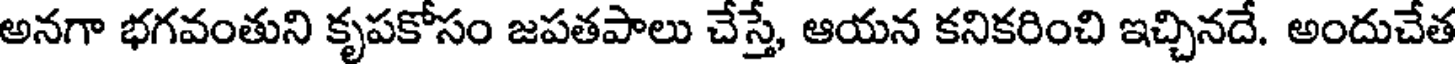
అనగా భగవంతుని కృపకోసం జపతపాలు చేస్తే, ఆయన కనికరించి ఇచ్చినదే. అందుచేత